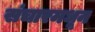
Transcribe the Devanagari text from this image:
संचारमधून